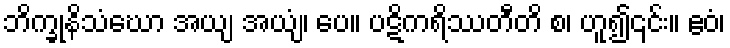
ဘိက္ခုနိသံဃော အယျ အယျံ၊ ပေ။ ပဋိကရိဿတီတိ စ၊ ဟူ၍၎င်း။ ဧဝံ၊